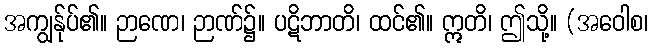
အကျွန်ုပ်၏။ ဉာဏေ၊ ဉာဏ်၌။ ပဋိဘာတိ၊ ထင်၏။ ဣတိ၊ ဤသို့။ (အဝေါစ၊